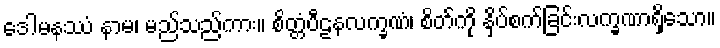
ဒေါမနဿံ နာမ၊ မည်သည်ကား။ စိတ္တံပီဠနလက္ခဏံ၊ စိတ်ကို နှိပ်စက်ခြင်းလက္ခဏာရှိသော။